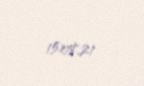
15.08.21